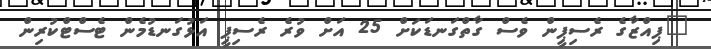
"ޕިއްޒާގެ ރެސިޕީން ވެސް ގާތްގަނޑަކަށް 25 އަށް ވުރެ ރެސިޕީ އަޅުގަނޑުމެން ޓެސްޓްކުރިން